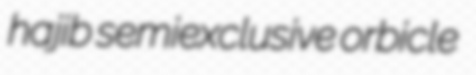
hajib semiexclusive orbicle